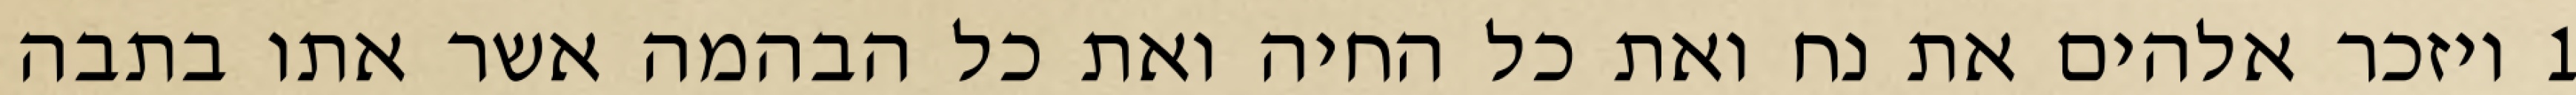
1 ויזכר אלהים את נח ואת כל החיה ואת כל הבהמה אשר אתו בתבה